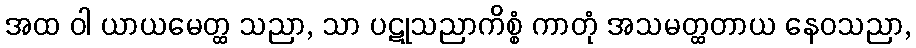
အထ ဝါ ယာယမေတ္ထ သညာ, သာ ပဋုသညာကိစ္စံ ကာတုံ အသမတ္ထတာယ နေဝသညာ,